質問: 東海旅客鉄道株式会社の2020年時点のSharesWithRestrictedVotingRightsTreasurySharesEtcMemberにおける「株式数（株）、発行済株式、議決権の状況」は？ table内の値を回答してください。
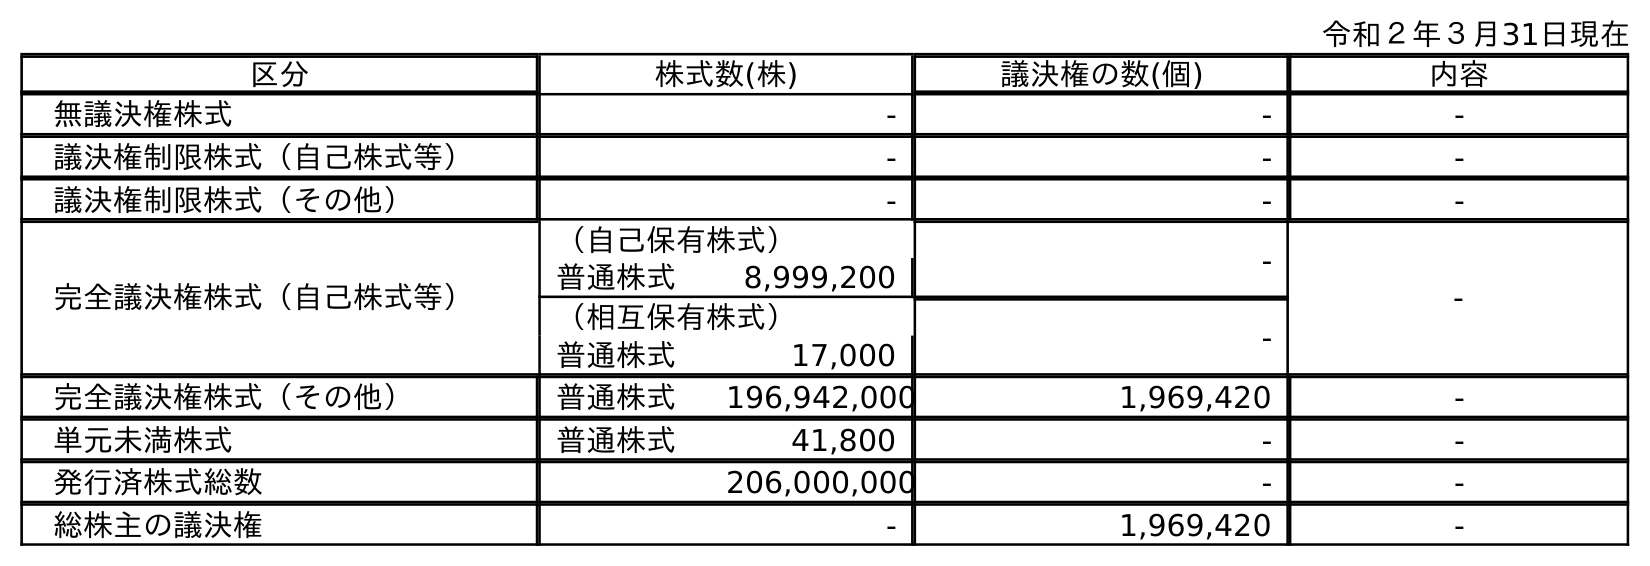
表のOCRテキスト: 令和２年３月31日現在 区分 株式数(株) 議決権の数(個) 内容 無議決権株式 - - - 議決権制限株式（自己株式等） - - - 議決権制限株式（その他） - - - 完全議決権株式（自己株式等） （自己保有株式） - - 普通株式 8,999,200 （相互保有株式） - 普通株式 17,000 完全議決権株式（その他） 普通株式 196,942,000 1,969,420 - 単元未満株式 普通株式 41,800 - - 発行済株式総数 206,000,000 - - 総株主の議決権 - 1,969,420 -
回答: -